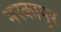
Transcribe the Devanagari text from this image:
मरकापुर